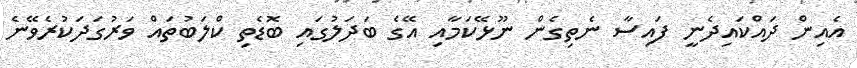
އެއިން ދައްކައިދެނީ ފައިސާ ނެތިގެން ނޫޅޭކަމާއި އޭގެ ބަދަލުގައި ބޮޑެތި ކްލަބުތައް ވަރުގަދަކުރެވޭނެ